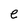
Character: e